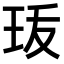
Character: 𤤣